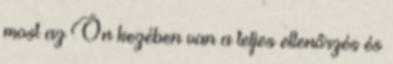
most az Ön kezében van a teljes ellenőrzés és